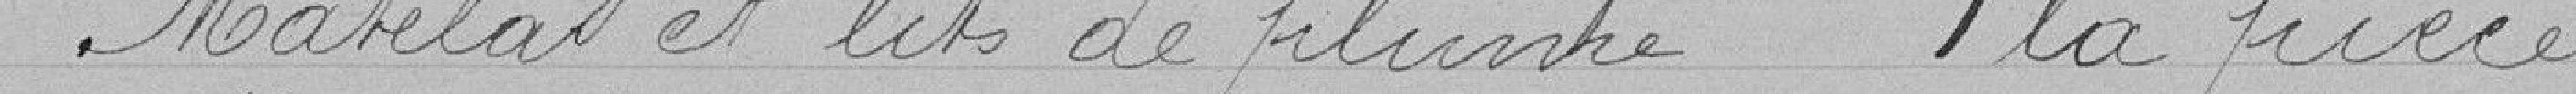
Matelas et lits de plume la pièce